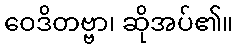
ဝေဒိတဗ္ဗာ၊ ဆိုအပ်၏။